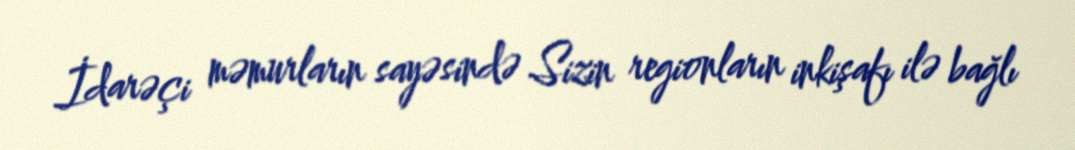
İdarəçi məmurların sayəsində Sizin regionların inkişafı ilə bağlı